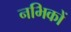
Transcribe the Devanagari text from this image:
नभिकों